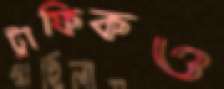
ট্রাফিকও